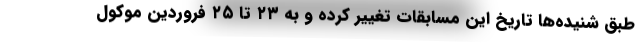
طبق شنیده‌ها تاریخ این مسابقات تغییر کرده و به ۲۳ تا ۲۵ فروردین موکول